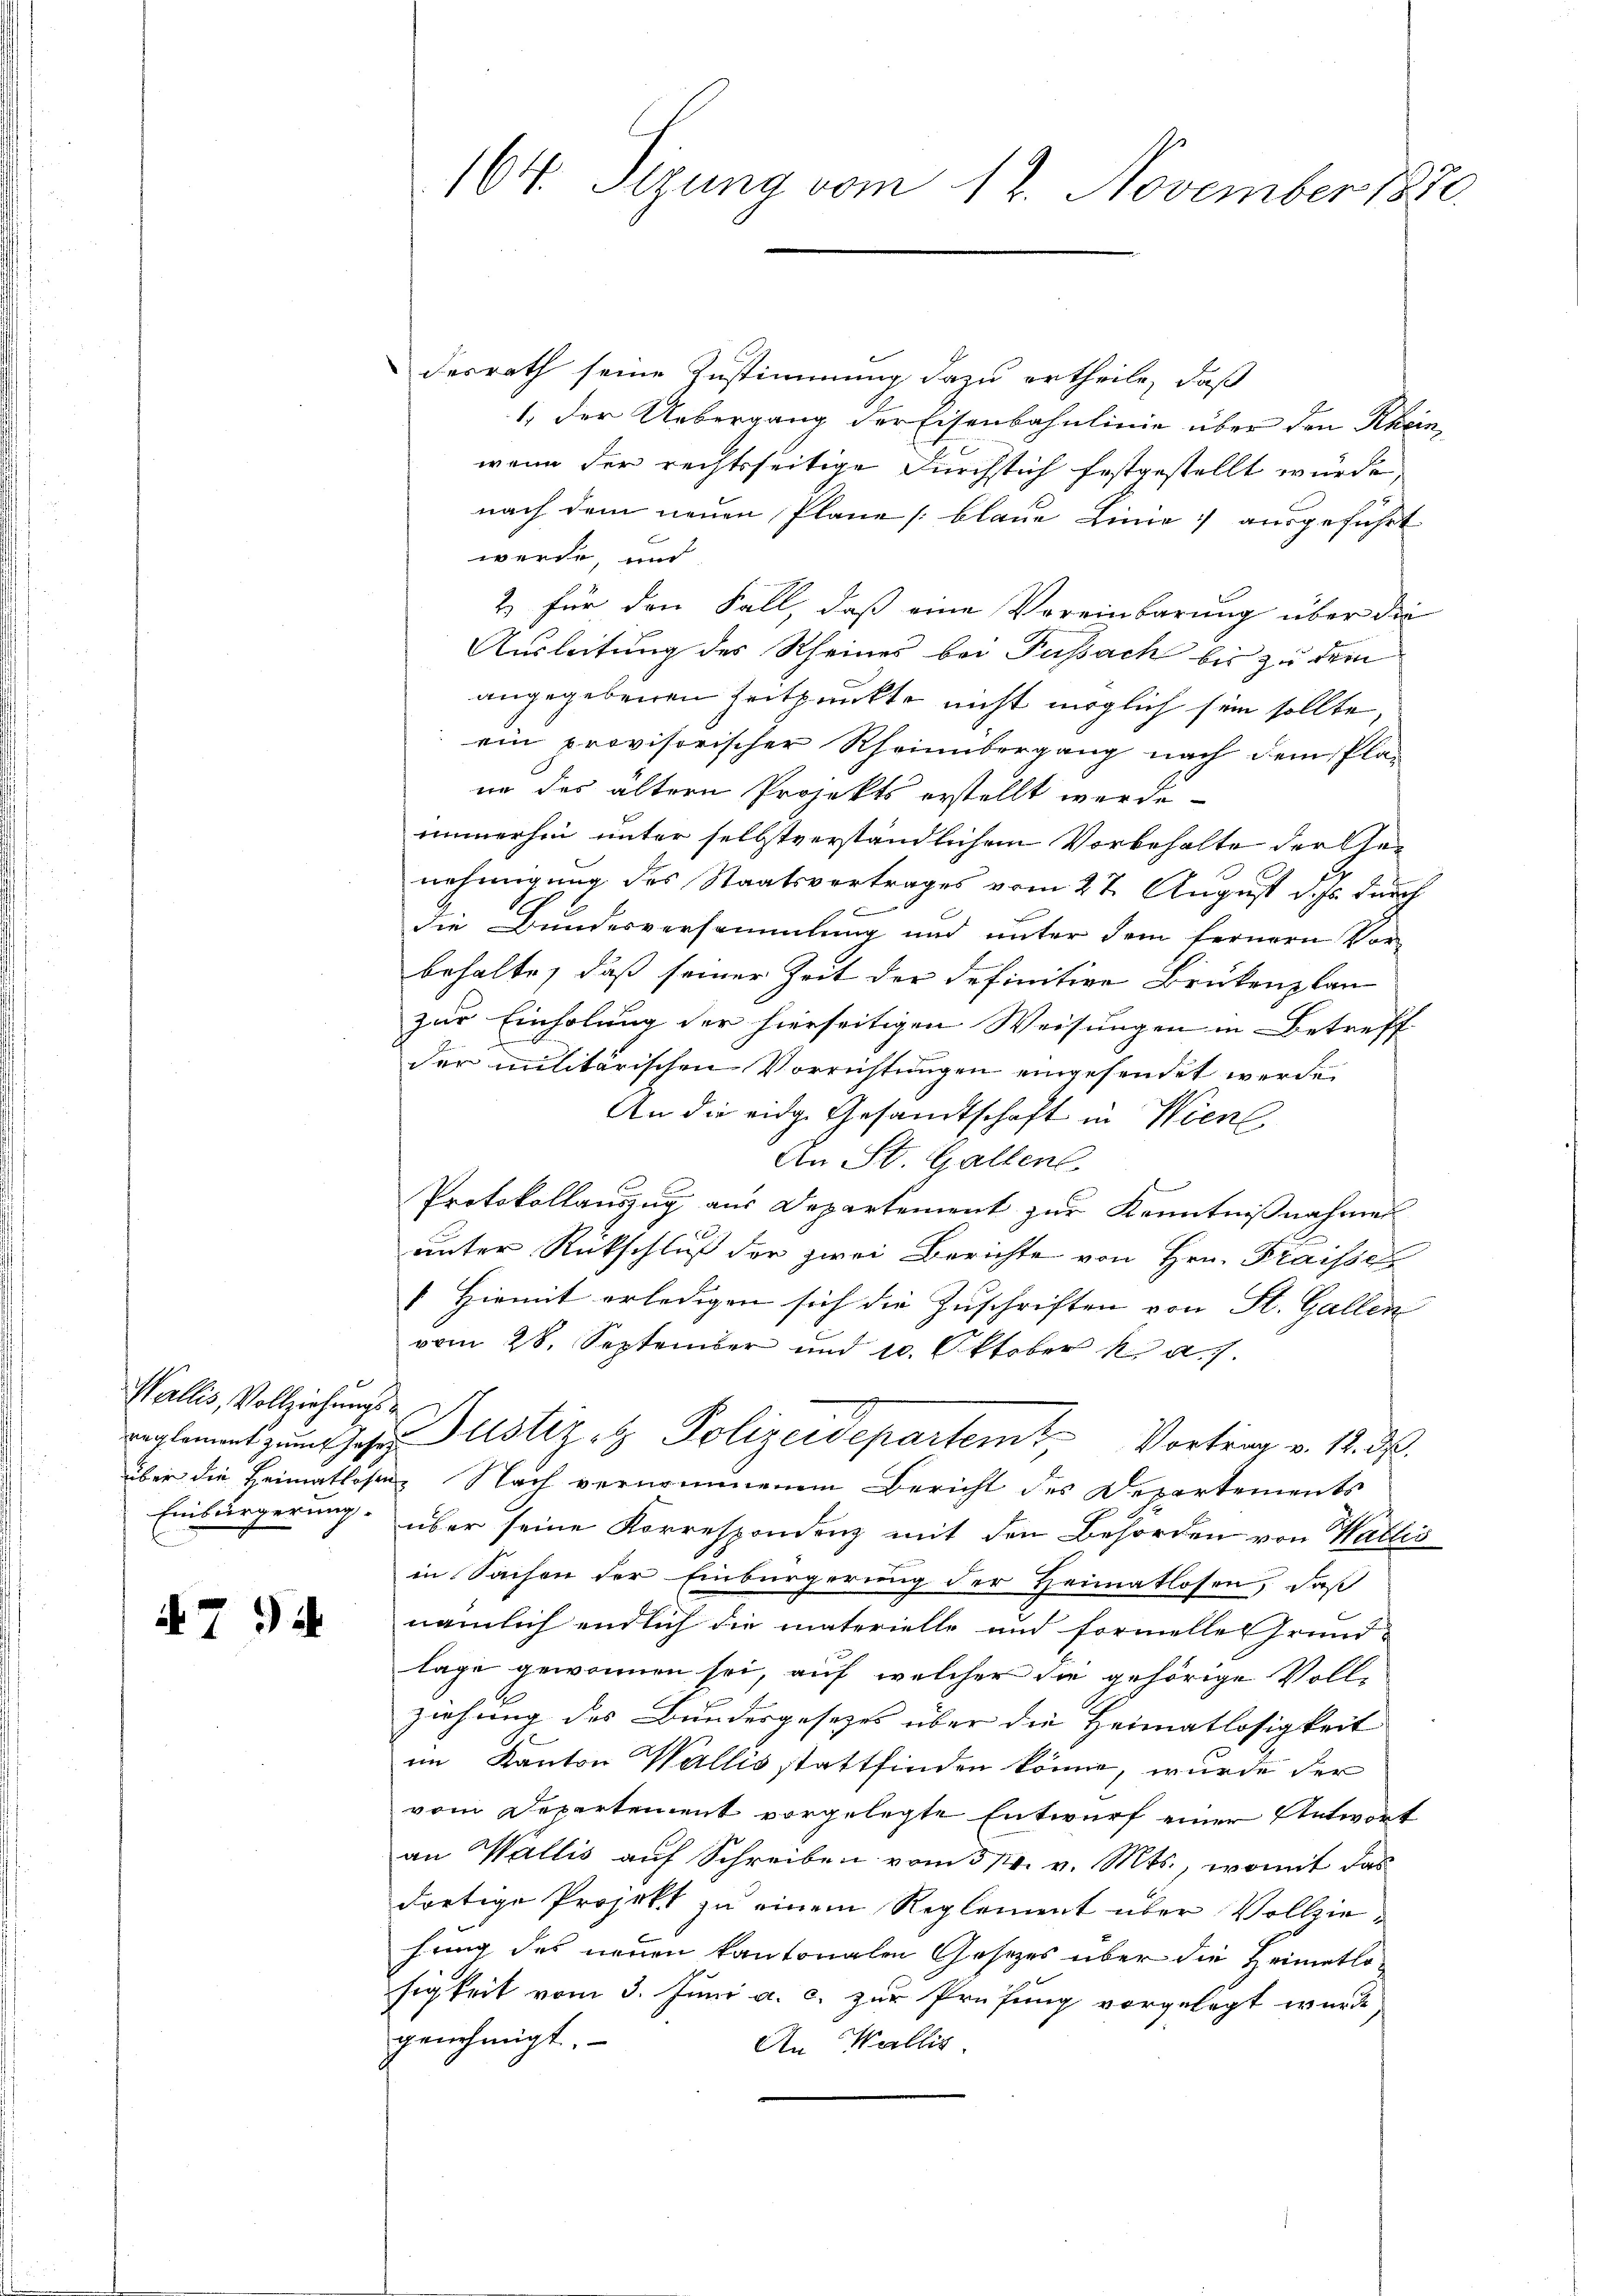
e
Wallis, Vollziehungs¬
Einbürgerung.

7 94

164. Sizung vom 12. November 1880.

desrath seine Zustimmung dazu ertheile, daß
1. Der Uebergang der Eisenbahnlinie über den Rheinwenn der rechtsseitige Durchstich festgestellt würde,
nach dem neuen Plane [blaue Linie ausgeführt
werde, und
2) für den Fall, daß eine Vereinbarung über die
Ausleitung des Rheines bei Fussach bis zu dem
angegebenen Zeitpunkte nicht möglich sein sollte,
ein provisorischer Rheinbergang nach dem Pla-
ne des ältern Projekts erstellt werde.
immerhin unter selbstverständlichem Vorbehalte der Genehmigung des Staatsvertrages vom 27. August d. Js. durch
die Bundesversammlung und unter dem fernern Vorbehalte, daß seiner Zeit der definition Brückenplan
zur Einholung der hierseitigen Weisungen in Betreff
der militärischen Vorrichtungen eingesendet werde.
An die eidge Gesamtschaft in Wien
An St. Gallenl
Protokollauszug aus Departement zur Kenntnißnahmen
unter Rückschluß der zwei Berichte von Hrn. Fraissch
1 Hiemit erledigen sich die Zuschriften von St. Gallen
vom 28. September und 10. Oktober k. a. g.
reglement zum Jahre Justiz & Polizeidepartem Vortrag v. 12. d.
über die Heimatlosen Nach vernommenem Bericht des Departements
über seine Korrespondenz mit den Behörden von Wallis
in Sachen der Einbürgerung der Heimatlosen, daß
nämlich endlich die materielle und Formelle Grund-
lage gewonnen sei, auf welcher die gehörige Voll-
ziehung des Bundesgesezes über die Heimatlosigkeit
im Kanton Wallis stattfinden könne, wurde der
vom Departement vorgelegte Entwurf einer Entwort
an Wallis auf Schreiben vom 31. v. Mts., womit das
dortige Projekt zu einem Reglement über Vollziehung des neuen kantonalen Gesetzes über die Heimatlo-
sigkeit vom 3. Juni a. c. zur Prüfung vorgelegt wurde
genehmigt.
An Wallis.